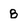
Character: 8